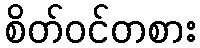
စိတ်ဝင်တစား